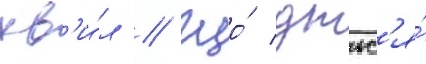
хв'и́л // Що́ дтьс'я́